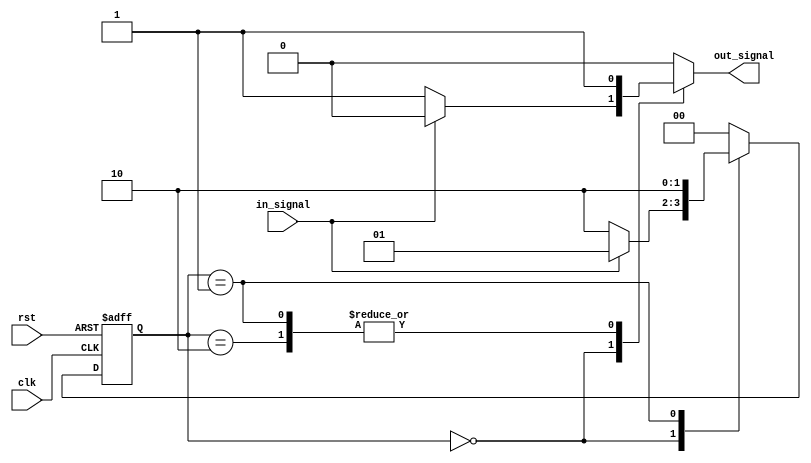
module fsm (
    input wire clk,
    input wire rst,
    input wire in_signal,
    output reg out_signal
);

// Define states
parameter STATE_0 = 2'b00;
parameter STATE_1 = 2'b01;
parameter STATE_2 = 2'b10;

// Define state register
reg [1:0] state_reg, next_state;

// Define output register
reg out_reg;

// State transition and output logic
always @(posedge clk or posedge rst) begin
    if (rst) begin
        state_reg <= STATE_0;
        out_reg <= 1'b0;
    end else begin
        state_reg <= next_state;
        out_reg <= out_signal;
    end
end

// State behavior
always @(state_reg or in_signal) begin
    case(state_reg)
        STATE_0: begin
            if (in_signal) begin
                next_state = STATE_1;
                out_signal = 1'b0;
            end else begin
                next_state = STATE_2;
                out_signal = 1'b1;
            end
        end
        STATE_1: begin
            next_state = STATE_2;
            out_signal = 1'b1;
        end
        STATE_2: begin
            next_state = STATE_0;
            out_signal = 1'b1;
        end
        default: begin
            next_state = STATE_0;
            out_signal = 1'b0;
        end
    endcase
end

endmodule